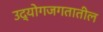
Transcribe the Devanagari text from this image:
उद्योगजगतातील